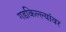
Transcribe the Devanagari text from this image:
गडकिल्ल्यांवर